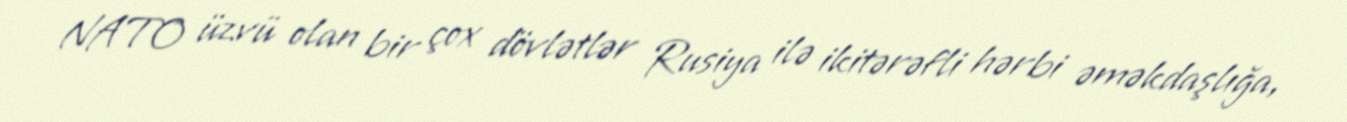
NATO üzvü olan bir çox dövlətlər Rusiya ilə ikitərəfli hərbi əməkdaşlığa,